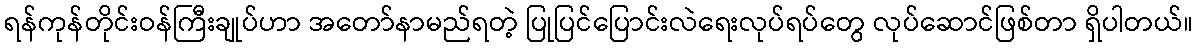
ရန်ကုန်တိုင်းဝန်ကြီးချုပ်ဟာ အတော်နာမည်ရတဲ့ ပြုပြင်ပြောင်းလဲရေးလုပ်ရပ်တွေ လုပ်ဆောင်ဖြစ်တာ ရှိပါတယ်။